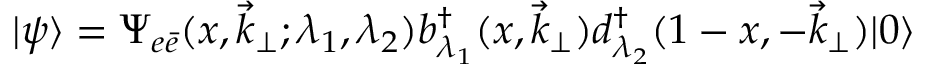
| \psi \rangle = \Psi _ { e \bar { e } } ( x , \vec { k } _ { \perp } ; \lambda _ { 1 } , \lambda _ { 2 } ) b _ { \lambda _ { 1 } } ^ { \dagger } ( x , \vec { k } _ { \perp } ) d _ { \lambda _ { 2 } } ^ { \dagger } ( 1 - x , - \vec { k } _ { \perp } ) | 0 \rangle